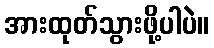
အားထုတ်သွားဖို့ပါပဲ။